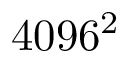
4 0 9 6 ^ { 2 }